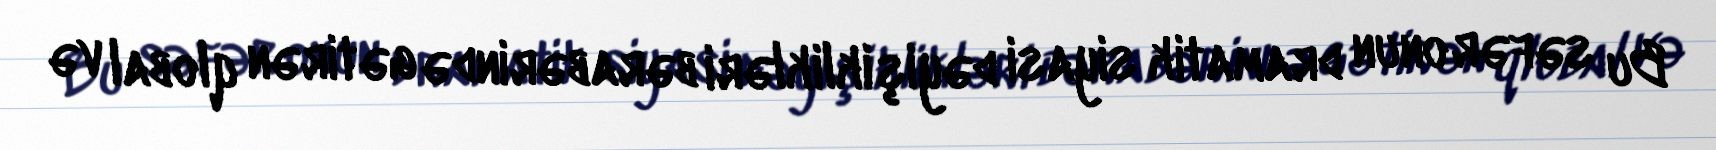
Bu səfər onun dramatik siyasi dəyişiklikləri bərabərində gətirən qlobal və